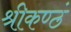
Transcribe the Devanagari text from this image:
श्रीकण्ठं